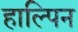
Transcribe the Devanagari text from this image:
हाल्पिन